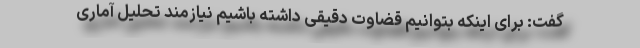
گفت: برای اینکه بتوانیم قضاوت دقیقی داشته باشیم نیازمند تحلیل آماری